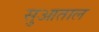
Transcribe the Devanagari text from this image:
सुआताल